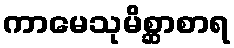
ကာမေသုမိစ္ဆာစာရ